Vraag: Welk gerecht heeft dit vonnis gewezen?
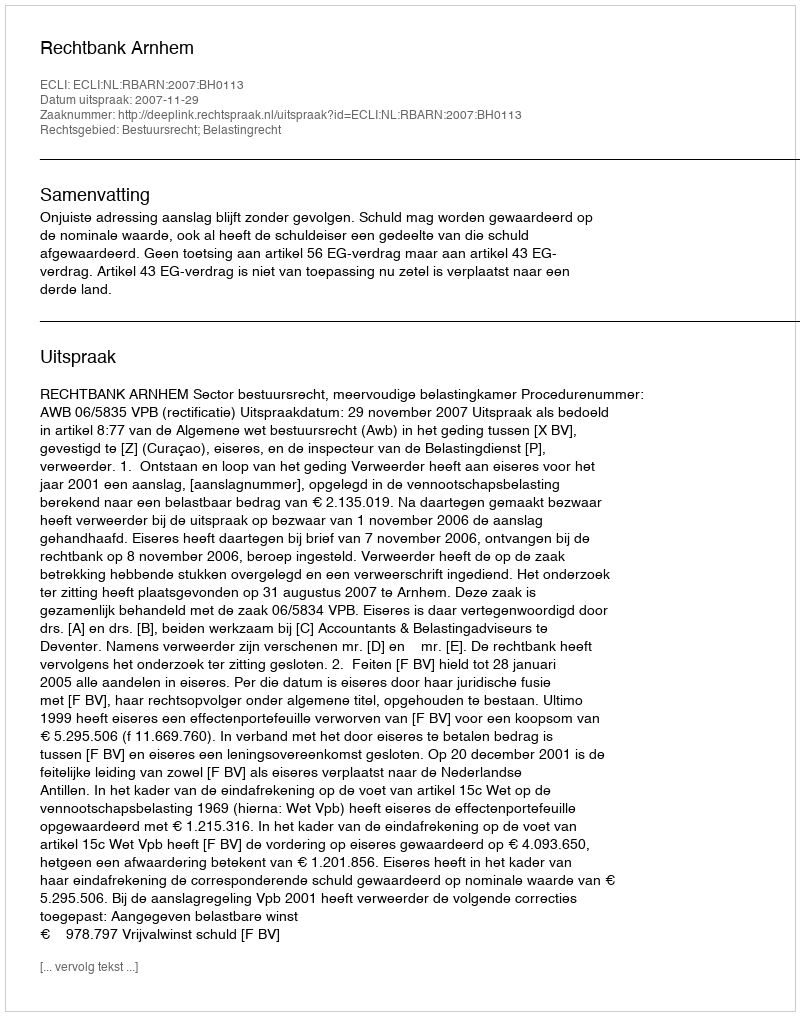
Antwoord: Rechtbank Arnhem